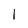
Character: l